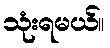
သုံးရမယ်။